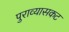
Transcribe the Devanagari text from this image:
पुराव्यासकट